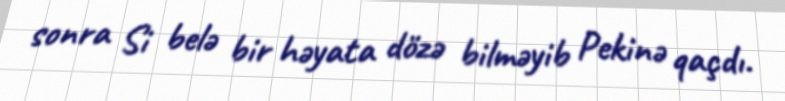
sonra Si belə bir həyata dözə bilməyib Pekinə qaçdı.